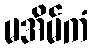
မအိမ်ကံ